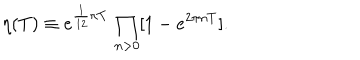
\eta ( T ) \equiv e ^ { \frac { 1 } { 1 2 } \pi T } \, \prod _ { n > 0 } [ 1 - e ^ { 2 \pi n T } ] .